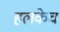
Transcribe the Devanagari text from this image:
हलकेच